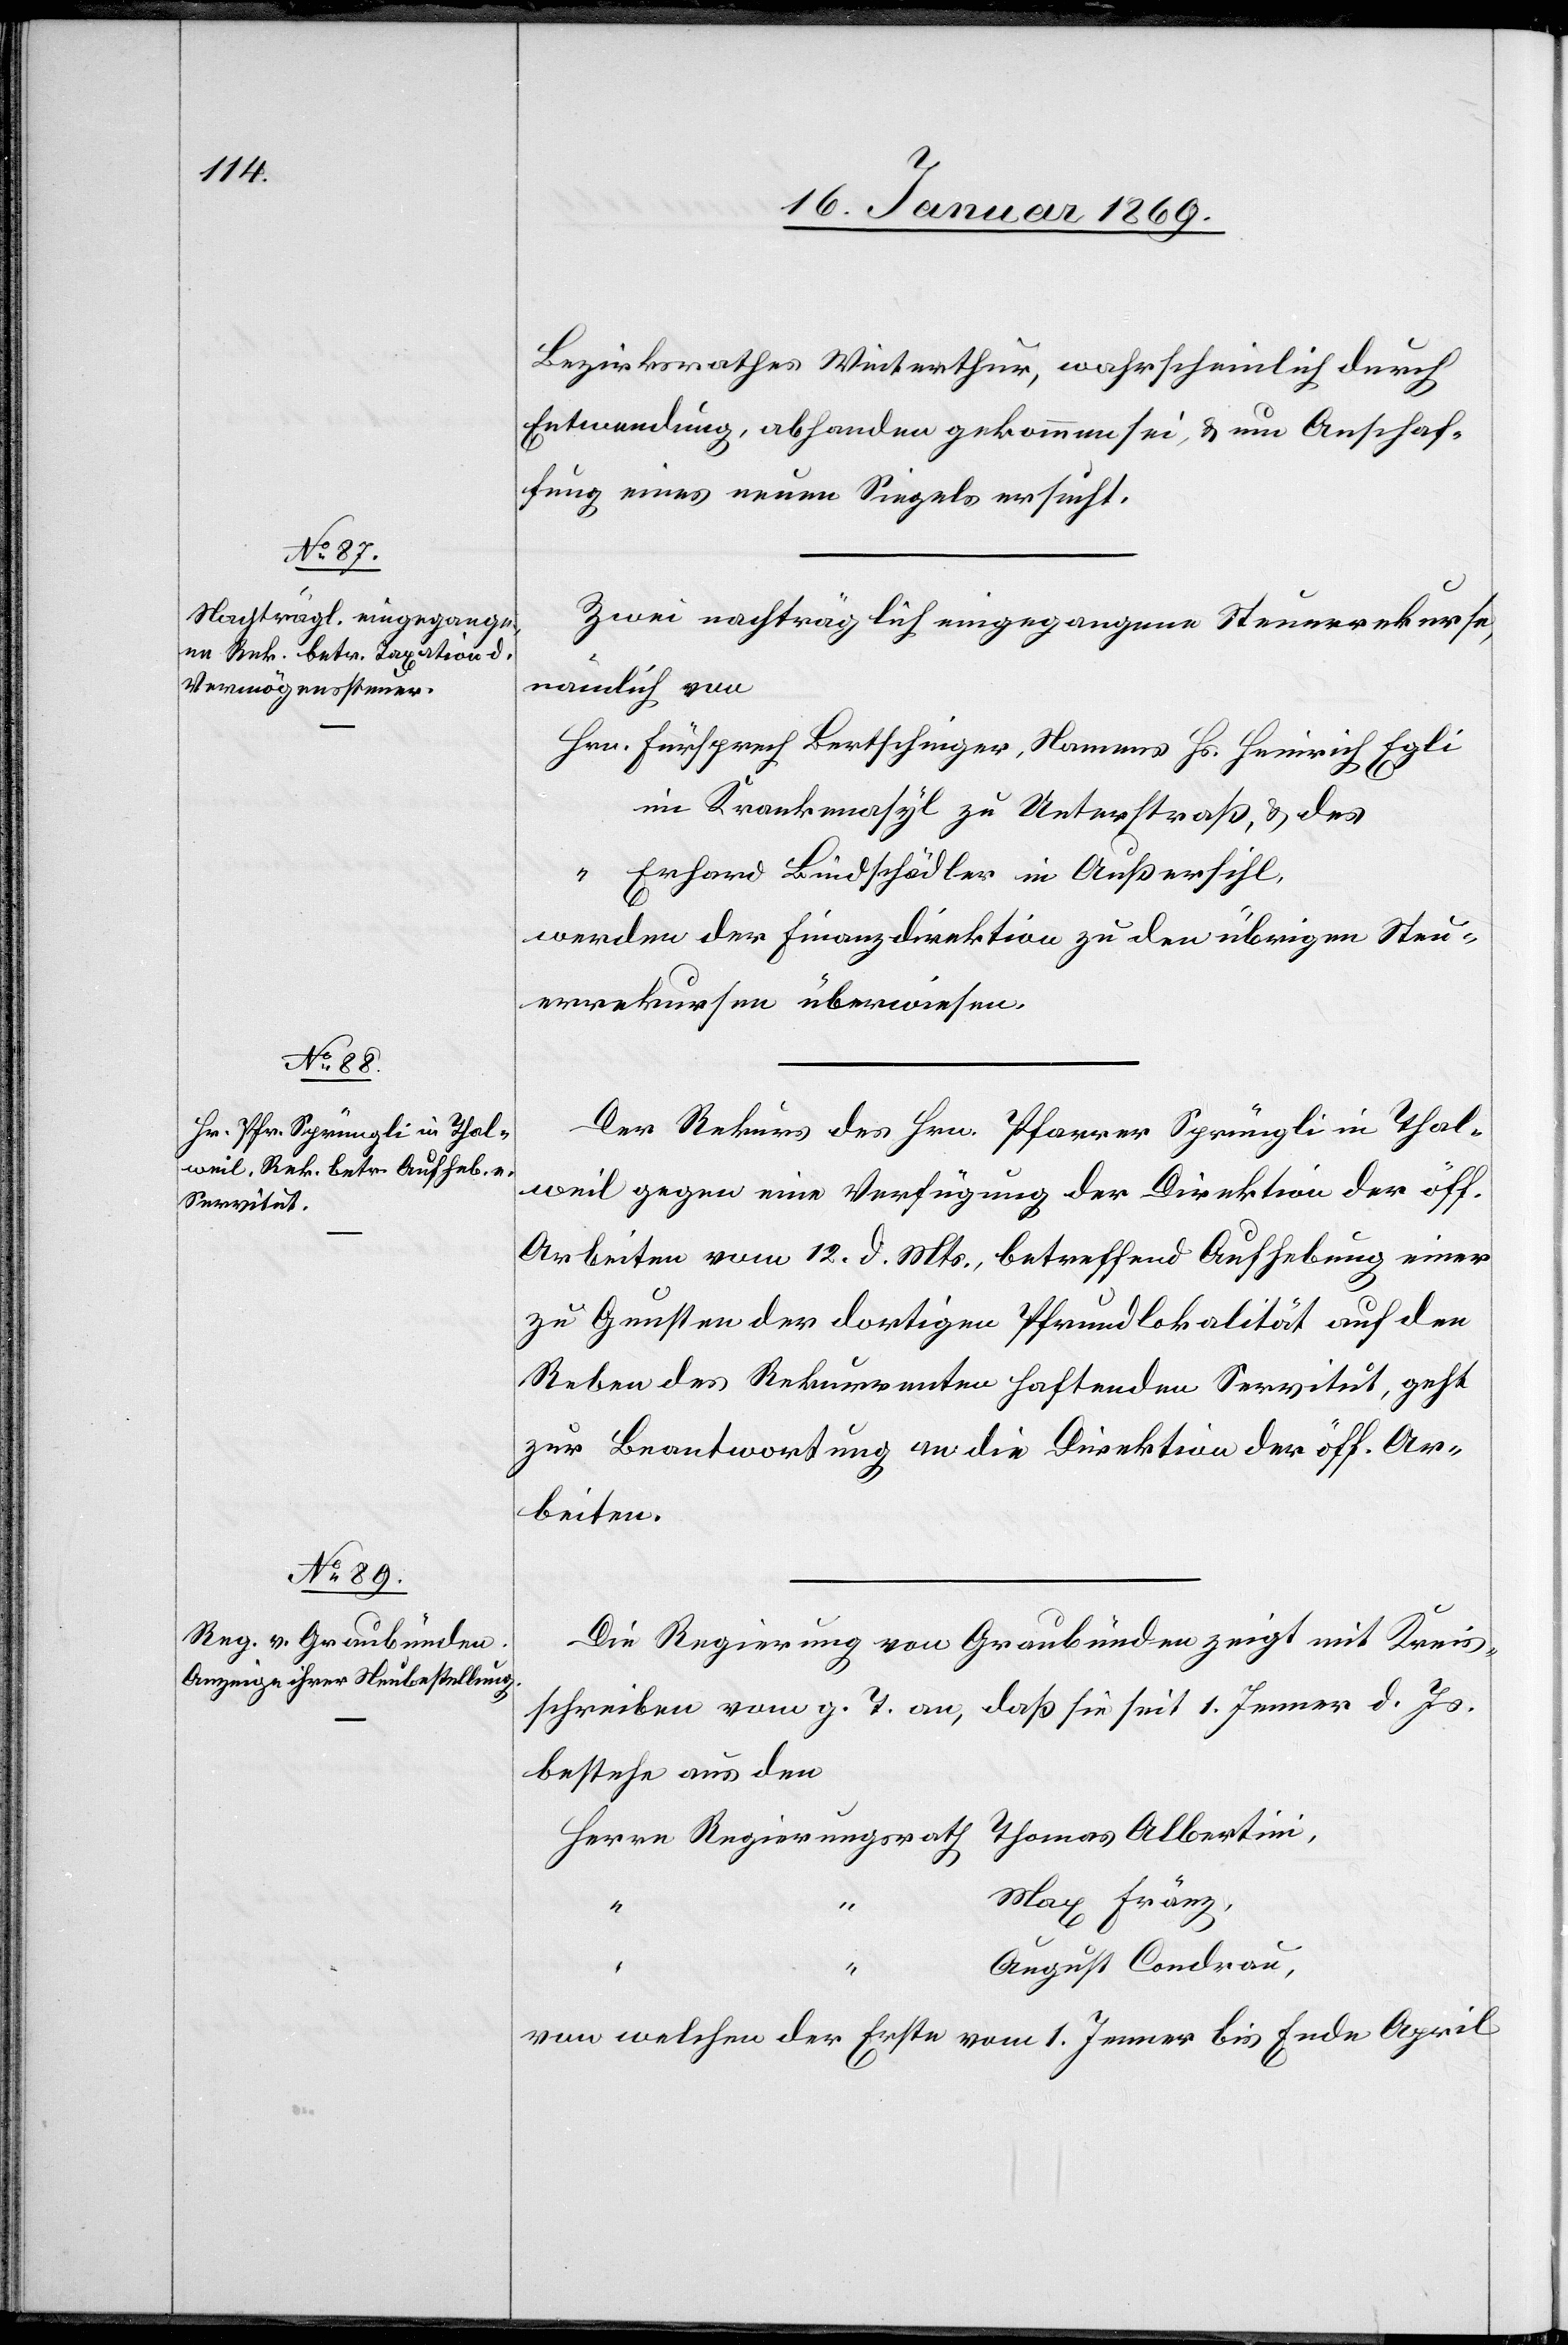
16. Januar 1869.]
Bezirksrathes Winterthur, wahrscheinlich durch
Entwendung, abhanden gekommen sei, u. um Anschaf¬
fung eines neuen Siegels ersucht.
Zwei nachträglich eingegangene Steuerrekurse,
nämlich von
Hrn. Fürsprech Bertschinger, Namens Hs. Heinrich Egli
“	Erhard Bundschädler in Außersihl,
werden der Finanzdirektion zu den übrigen Steu¬
errekursen überwiesen.
Der Rekurs des Hrn. Pfarrer Sprüngli in Thal¬
weil gegen eine Verfügung der Direktion der öff.
Arbeiten vom 12. d. Mts., betreffend Aufhebung einer
zu Gunsten der dortigen Pfrundlokalität auf den
Reben des Rekurrenten haftenden Servitut, geht
zur Beantwortung an die Direktion der öff. Ar¬
beiten.
Die Regierung von Graubünden zeigt mit Kreis¬
schreiben vom g. T. an, daß sie seit 1. Jenner d. Js.
bestehe aus den
Herrn Regierungsrath Thomas Albertini,
Max Fränz,
u.
August Condrau,
von welchem der Erste vom 1. Jenner bis Ende April